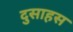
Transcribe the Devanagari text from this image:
दुसाहस